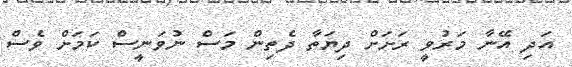
އަދި އޭނާ މަރުވީ ރަށަށް ދިޔަތާ ދެތިން މަސް ނުވަނީސް ކަމަށް ވެސް